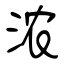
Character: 浓